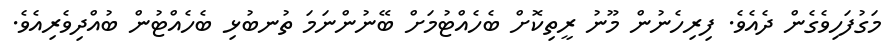
މަގުފަހިވެގެން ދެއެވެ. ފިރިހެނުން މޫނު ރީތިކޮށް ބެހެއްޓުމަށް ބޭނުންނަމަ ތުނބުޅި ބެހެއްޓުން ބުއްދިވެރިއެވެ.